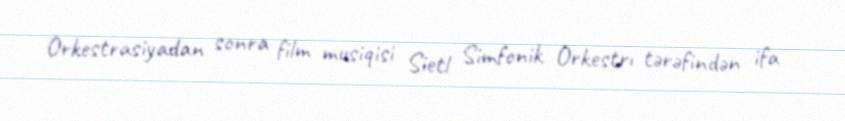
Orkestrasiyadan sonra film musiqisi Sietl Simfonik Orkestrı tərəfindən ifa